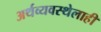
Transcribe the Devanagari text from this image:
अर्थव्यवस्थेलाही